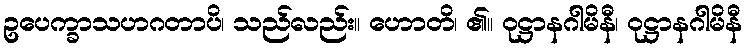
ဥပေက္ခာသဟဂတာပိ၊ သည်လည်း။ ဟောတိ၊ ၏။ ဝုဋ္ဌာနဂါမိနီ၊ ဝုဋ္ဌာနဂါမိနီ